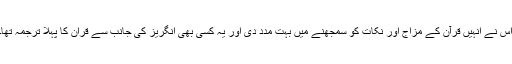
اس نے انہیں قرآن کے مزاج اور نکات کو سمجھنے میں بہت مدد دی اور یہ کسی بھی انگریز کی جانب سے قران کا پہلا ترجمہ تھا۔